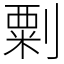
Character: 㔄